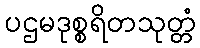
ပဌမဒုစ္စရိတသုတ္တံ